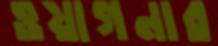
ওয়াগনার